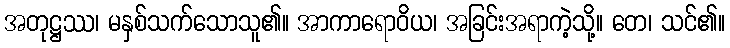
အတုဋ္ဌဿ၊ မနှစ်သက်သောသူ၏။ အာကာရောဝိယ၊ အခြင်းအရာကဲ့သို့။ တေ၊ သင်၏။